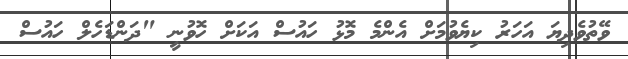
ވޭތުވެދިޔަ އަހަރު ކިޔެވުމަށް އެންމެ މޮޅު ހައުސް އަކަށް ހޮވުނީ "ދަންޑަހެލް ހައުސް